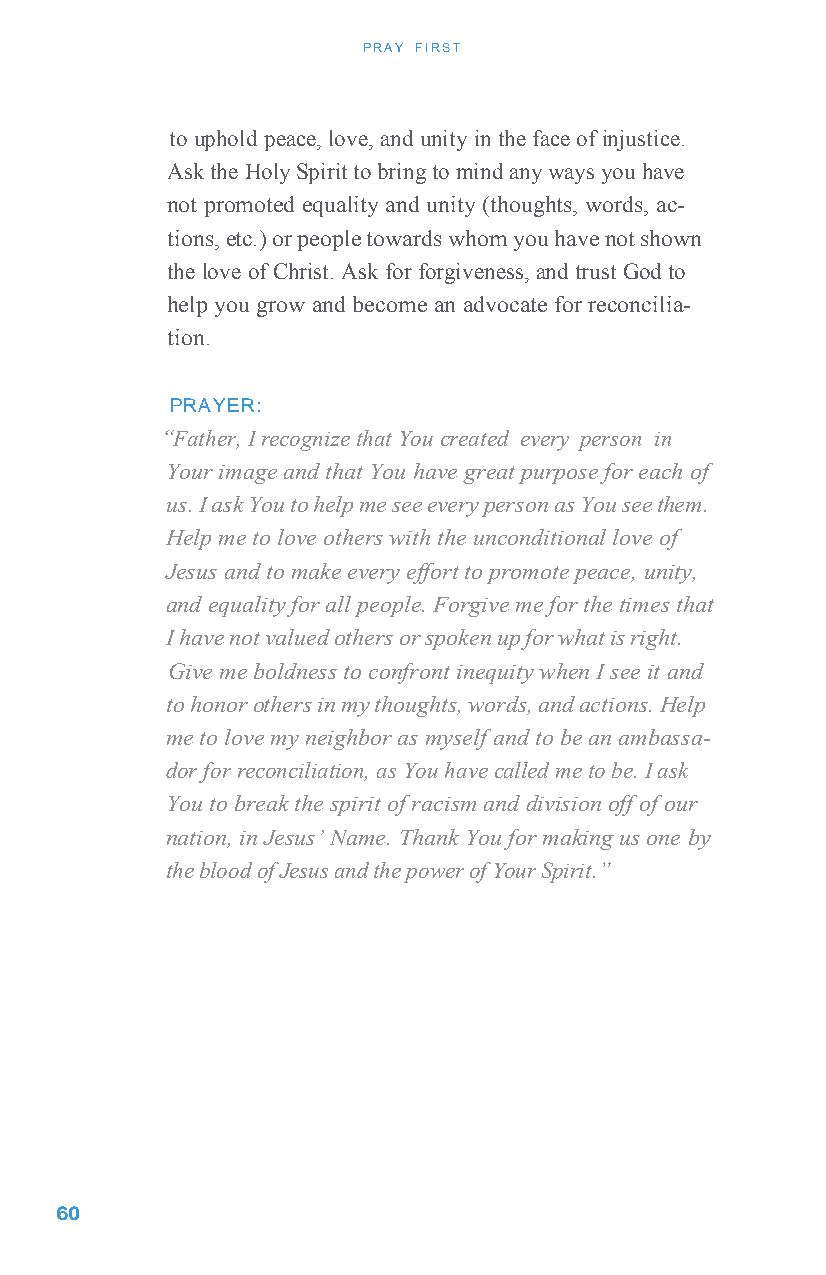
PRAY FIRST
 to uphold peace, love, and unity in the face of injustice.
 Ask the Holy Spirit to bring to mind any ways you have
 not promoted equality and unity (thoughts, words, ac-
 tions, etc.) or people towards whom you have not shown
 the love of Christ. Ask for forgiveness, and trust God to
 help you grow and become an advocate for reconcilia-
 tion.
 PRAYER:
 “Father, I recognize that You created every person in
 Your image and that You have great purpose for each of
 us. I ask You to help me see every person as You see them.
 Help me to love others with the unconditional love of
 Jesus and to make every effort to promote peace, unity,
 and equality for all people. Forgive me for the times that
 I have not valued others or spoken up for what is right.
 Give me boldness to confront inequity when I see it and
 to honor others in my thoughts, words, and actions. Help
 me to love my neighbor as myself and to be an ambassa-
 dor for reconciliation, as You have called me to be. I ask
 You to break the spirit of racism and division off of our
 nation, in Jesus’ Name. Thank You for making us one by
 the blood of Jesus and the power of Your Spirit.”
 6 0